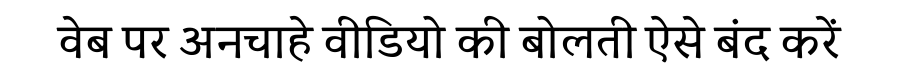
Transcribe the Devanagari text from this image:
वेब पर अनचाहे वीडियो की बोलती ऐसे बंद करें